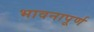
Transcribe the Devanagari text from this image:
भावनापूर्ण